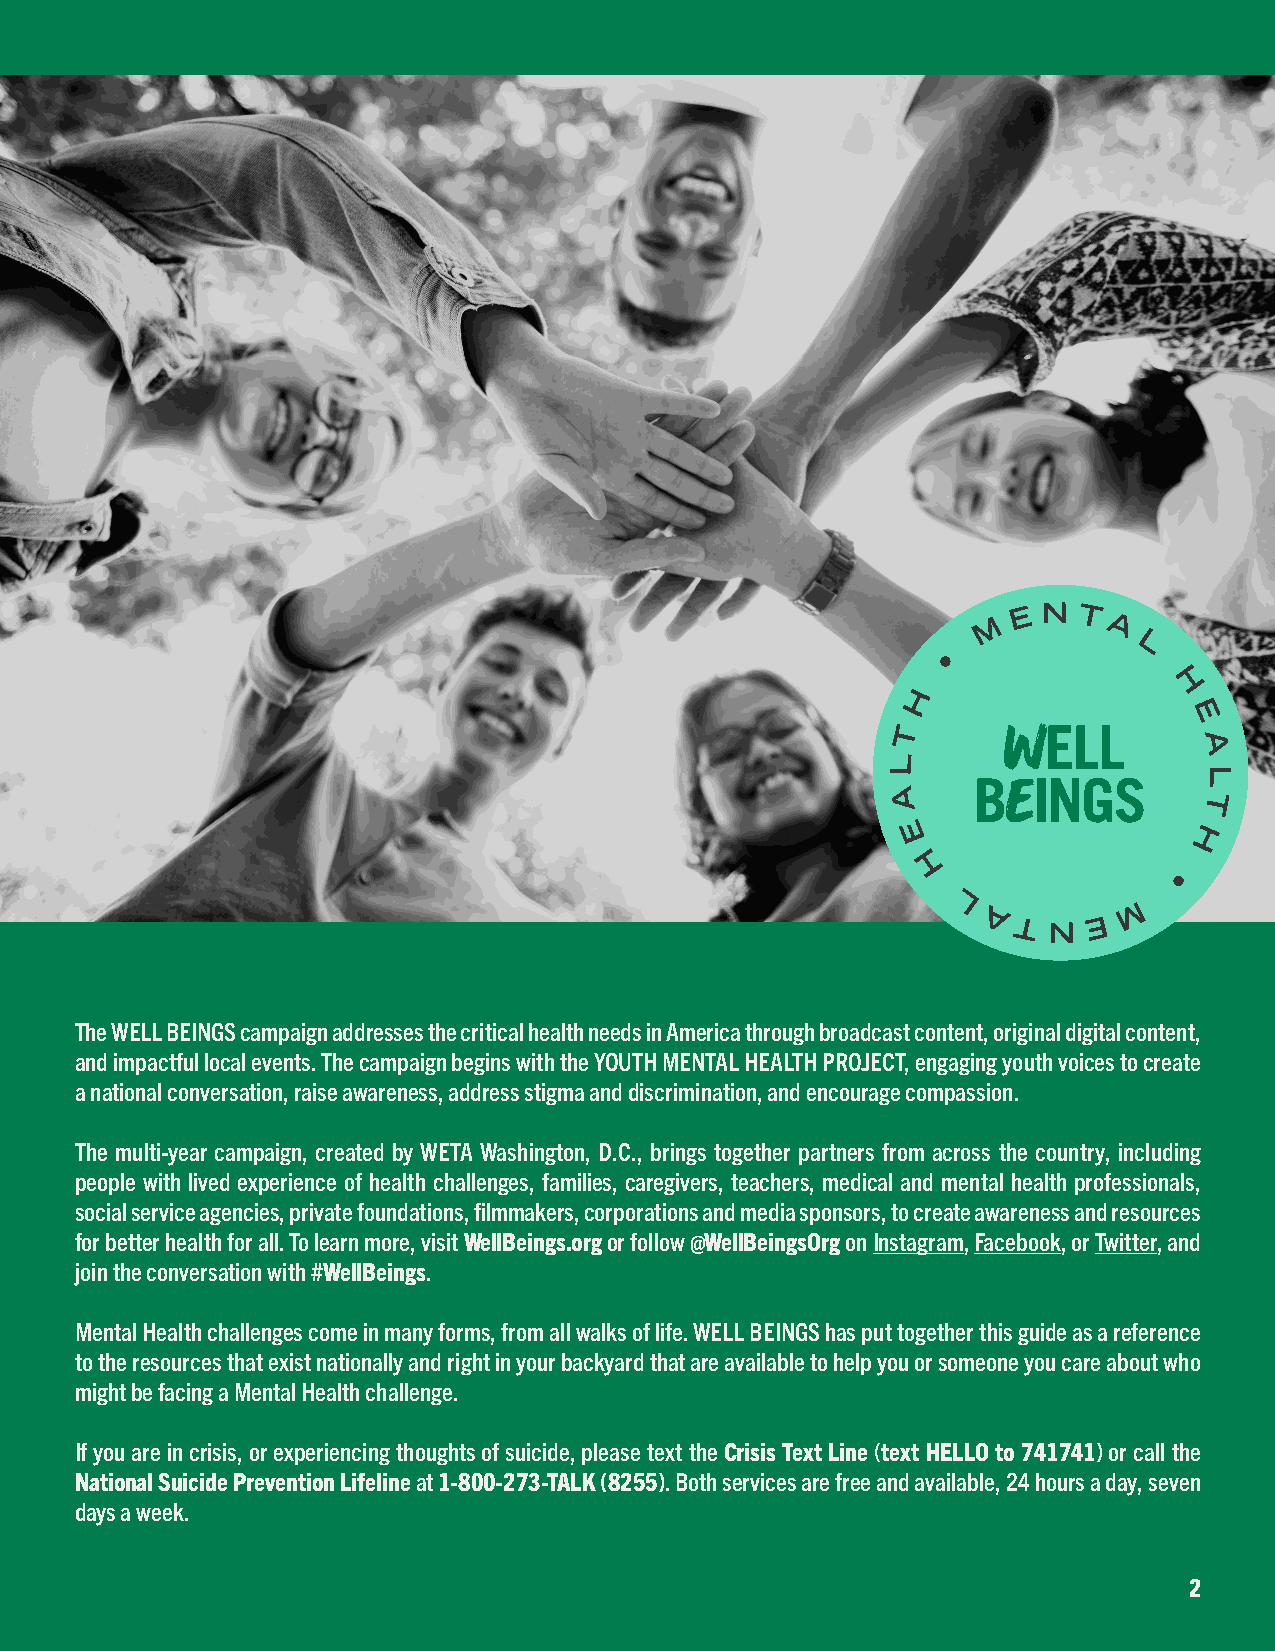
The WELL BEINGS campaign addresses the critical health needs in America through broadcast content, original digital content,
 and impactful local events. The campaign begins with the YOUTH MENTAL HEALTH PROJECT, engaging youth voices to create
 a national conversation, raise awareness, address stigma and discrimination, and encourage compassion.
 The multi-year campaign, created by WETA Washington, D.C., brings together partners from across the country, including
 people with lived experience of health challenges, families, caregivers, teachers, medical and mental health professionals,
 social service agencies, private foundations, filmmakers, corporations and media sponsors, to create awareness and resources
 for better health for all. To learn more, visit WellBeings.org or follow @WellBeingsOrg on Instagram, Facebook, or Twitter, and
 join the conversation with #WellBeings.
 Mental Health challenges come in many forms, from all walks of life. WELL BEINGS has put together this guide as a reference
 to the resources that exist nationally and right in your backyard that are available to help you or someone you care about who
 might be facing a Mental Health challenge.
 If you are in crisis, or experiencing thoughts of suicide, please text the Crisis Text Line (text HELLO to 741741) or call the
 National Suicide Prevention Lifeline at 1-800-273-TALK (8255). Both services are free and available, 24 hours a day, seven
 days a week.
 2